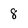
Character: 8